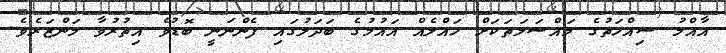
އާއްމު ސިއްހަތުގެ މައްސަލަތަކަށް ހައްލެއް އައުމުގެ ބަދަލުގައި ފެންނަނީ ބޮޑުވެ އިތުރުވާ މަންޒަރެވެ.